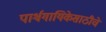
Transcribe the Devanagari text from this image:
पार्श्वगायिकेसाठीचे